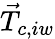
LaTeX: \vec{T}_{c,iw}